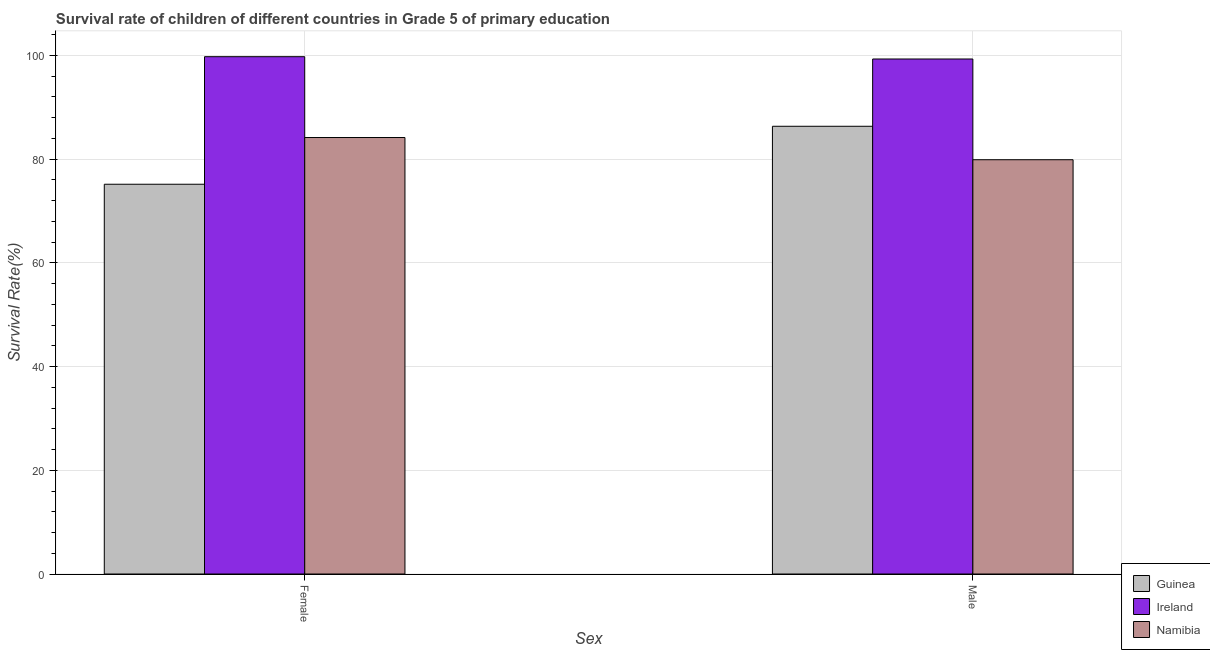
| Sex | Guinea | Ireland | Namibia |
 | --- | --- | --- | --- |
 | Female | 75.1 | 99.7 | 84.2 |
 | Male | 86.3 | 99.3 | 79.9 |